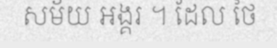
សម័យ អង្គរ ។ ដែល ថៃ